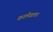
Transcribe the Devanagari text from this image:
कालेवाला